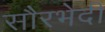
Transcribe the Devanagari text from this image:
सौरभेदी